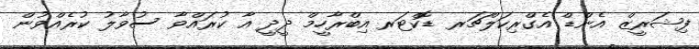
ފިޝަރީޒް އެންޑް އެގްރިކަލްޗަރ ޑޮކްޓަރ އިބްރާހީމް ދީދީ އާ ކުރައްވާ ސުވާލު ކުރެއްވުން